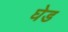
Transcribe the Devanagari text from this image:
घेड